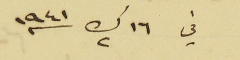
في ١٦ ك٢ سنه ١٩٤١